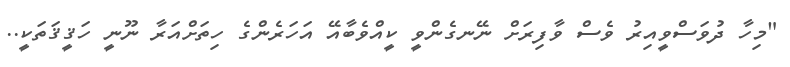
"މިހާ ދުވަސްވީއިރު ވެސް ވާފިރަށް ނޭނގެންވީ ކީއްވެބާއޭ އަހަރެންގެ ހިތަށްއަރާ ނޫނީ ހަޤީޤަތަކީ..